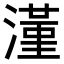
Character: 𣾑